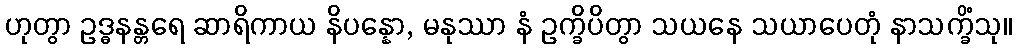
ဟုတွာ ဥဒ္ဓနန္တရေ ဆာရိကာယ နိပန္နော, မနုဿာ နံ ဥက္ခိပိတွာ သယနေ သယာပေတုံ နာသက္ခိံသု။